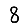
Digit: 8